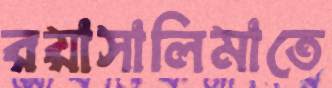
রয়াসালিমাতে